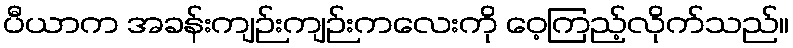
ပီယာက အခန်းကျဉ်းကျဉ်းကလေးကို ဝေ့ကြည့်လိုက်သည်။